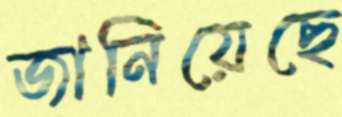
জানিয়েছে